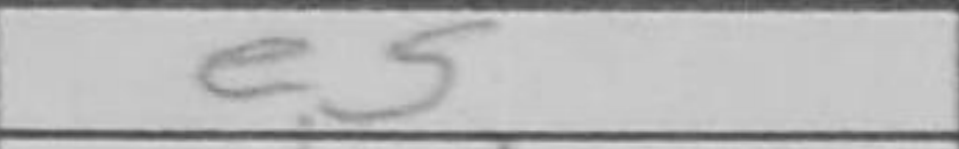
Transcription: e5